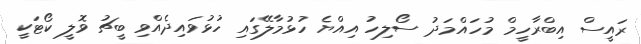
ރައީސް އިބްރާހީމް މުހައްމަދު ސޯލިހު އިއްޔެ ހުޅުމާލޭގައި ހުޅުވައިދެއްވި ބީޗު ވޮލީ ކޯޓަކީ